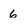
Character: 6